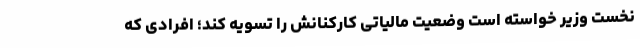
نخست وزیر خواسته است وضعیت مالیاتی کارکنانش را تسویه کند؛ افرادی که